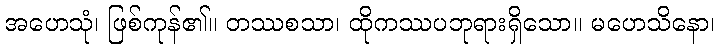
အဟေသုံ၊ ဖြစ်ကုန်၏။ တဿစသာ၊ ထိုကဿပဘုရားရှိသော။ မဟေသိနော၊